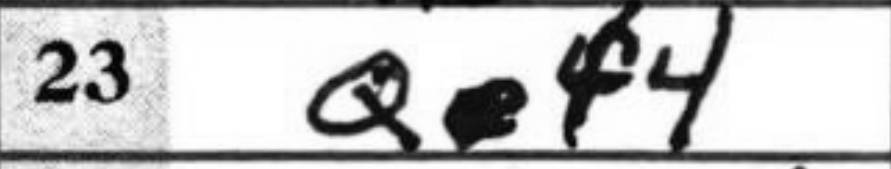
Transcription: Qf4